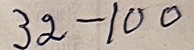
32 - 100